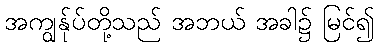
အကျွန်ုပ်တို့သည် အဘယ် အခါ၌ မြင်၍